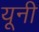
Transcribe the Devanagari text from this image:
यूनी